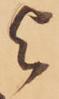
と